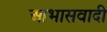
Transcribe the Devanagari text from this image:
आभासवादी